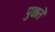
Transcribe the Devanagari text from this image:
पुछतें